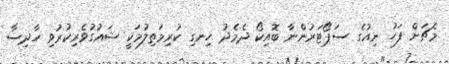
މެޗަށް ފަހު ނިއުގެ ސަޕޯޓަރުންނާ ބޮއިކޯ ދެމެދު ހިނގި ކުރިމަތިލުމަކީ ޝައުގުވެރިކުރުވި ހާދިސާ